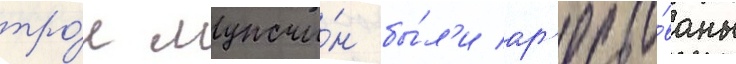
тро́е мужчи́н бы́л'и ар'есто́ваны